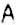
A